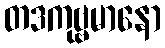
တဒကုဗ္ဗမာနော